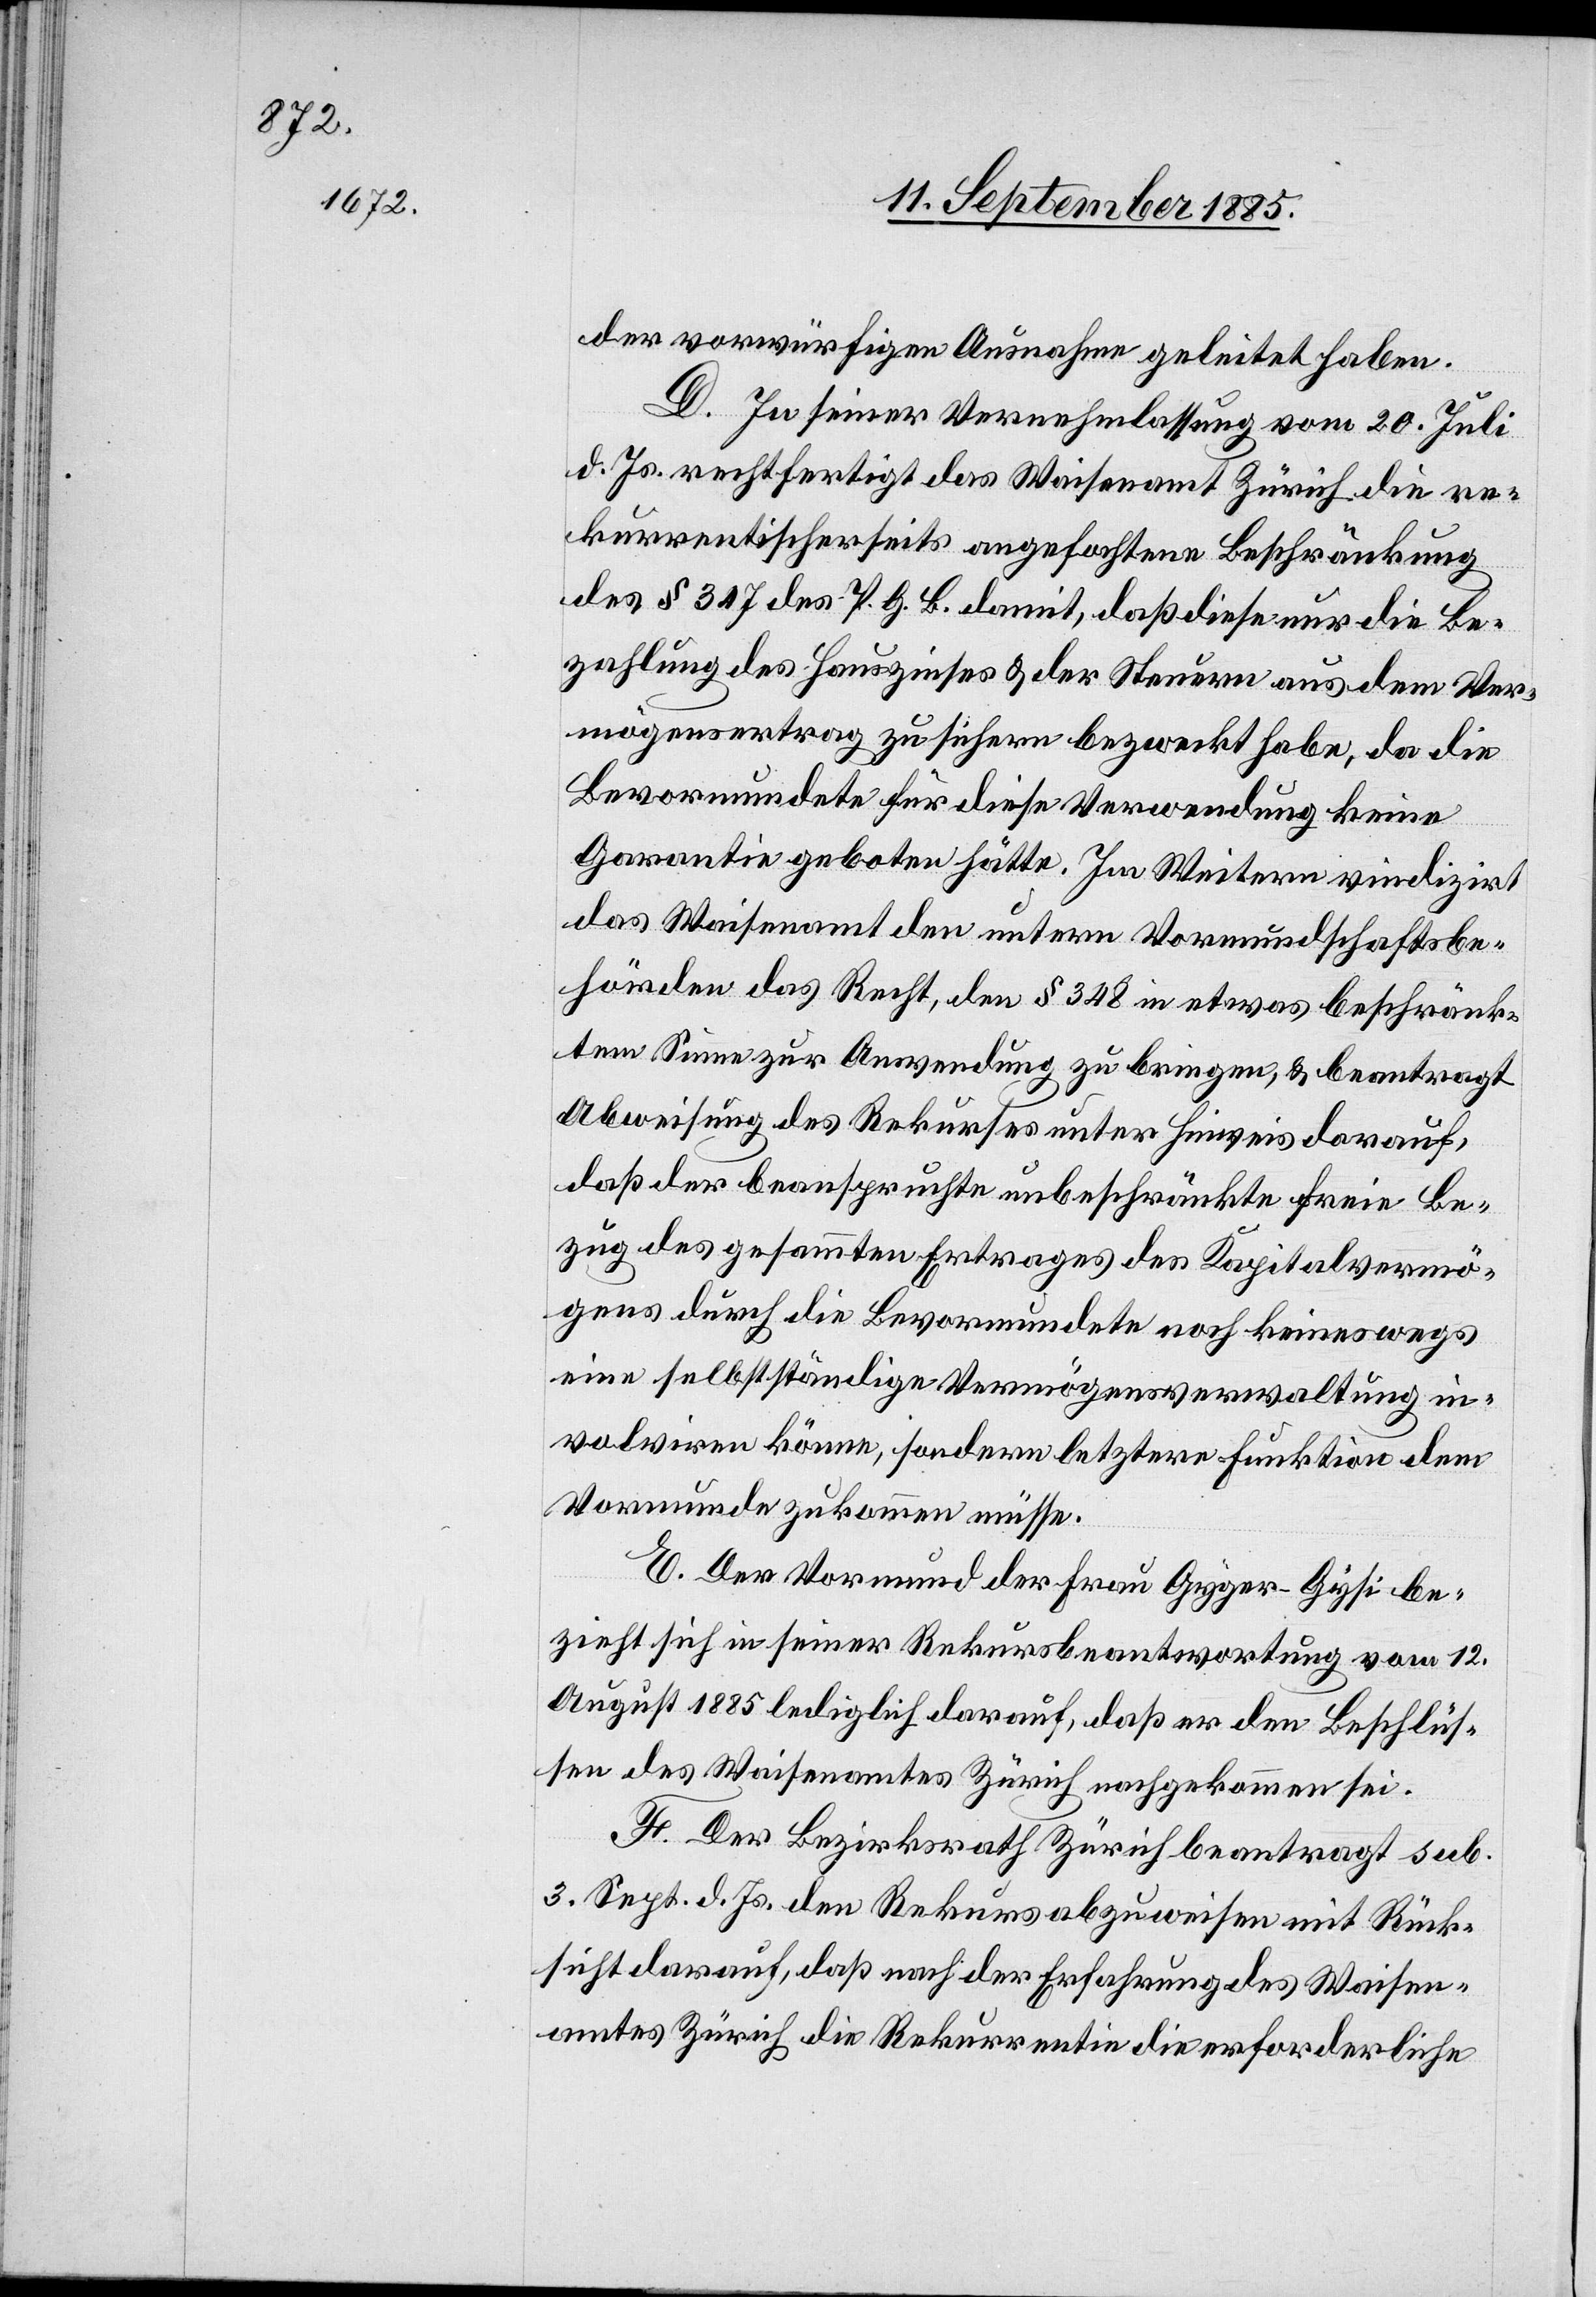
der vorwürfigen Ausnahme geleitet haben.
D. In seiner Vernehmlassung vom 20. Juli
d. Js. rechtfertigt das Waisenamt Zürich die re¬
kurrentischerseits angefochtene Beschränkung
des § 347 des P. G. B. damit, daß diese nur die Be¬
zahlung des Hauszinses & der Steuern aus dem Ver¬
mögensertrag zu sichern bezweckt habe, da die
Bevormundete für diese Verwendung keine
Garantie geboten hätte. Im Weitern vindizirt
das Waisenamt den untern Vormundschaftsbe¬
hörden das Recht, den § 348 in etwas beschränk¬
tem Sinne zur Anwendung zu bringen, & beantragt
Abweisung des Rekurses unter Hinweis darauf,
daß der beanspruchte unbeschränkte freie Be¬
zug des gesammten Ertrages des Kapitalvermö¬
gens durch die Bevormundete noch keineswegs
eine selbstständige Vermögensverwaltung in¬
volviren könne, sondern letztere Funktion dem
Vormunde zukommen müsse.
E. Der Vormund der Frau Gyger-Gysi be¬
zieht sich in seiner Rekursbeantwortung vom 12.
August 1885 lediglich darauf, daß er den Beschlüs¬
sen des Waisenamtes Zürich nachgekommen sei.
F. Der Bezirksrath Zürich beantragt sub.
3. Sept. d. Js. den Rekurs abzuweisen mit Rück¬
sicht darauf, daß nach der Erfahrung des Waisen¬
amtes Zürich die Rekurrentin die erforderliche